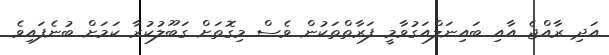
އަދި ރާއްޖެ އާއި ބައިނަލްއަގުވާމީ ފަރާތްތަކުން ވެސް މިގޮތަށް ގަބޫލުކުރާ ކަމަށް ބުނެފައިވެ